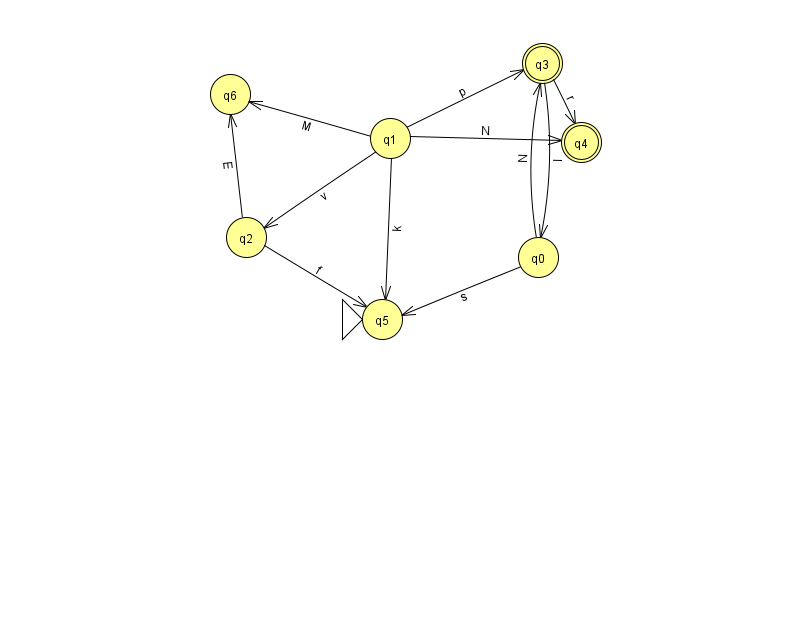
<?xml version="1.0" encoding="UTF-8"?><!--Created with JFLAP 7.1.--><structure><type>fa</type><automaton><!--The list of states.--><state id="0" name="q0"><x>538.0</x><y>244.0</y></state><state id="1" name="q1"><x>390.0</x><y>125.0</y></state><state id="2" name="q2"><x>246.0</x><y>224.0</y></state><state id="3" name="q3"><x>542.0</x><y>50.0</y><final/></state><state id="4" name="q4"><x>581.0</x><y>129.0</y><final/></state><state id="5" name="q5"><x>382.0</x><y>306.0</y><initial/></state><state id="6" name="q6"><x>230.0</x><y>81.0</y></state><!--The list of transitions.--><transition><from>1</from><to>2</to><read>v</read></transition><transition><from>2</from><to>5</to><read>f</read></transition><transition><from>2</from><to>6</to><read>E</read></transition><transition><from>0</from><to>3</to><read>N</read></transition><transition><from>1</from><to>6</to><read>M</read></transition><transition><from>3</from><to>4</to><read>r</read></transition><transition><from>1</from><to>4</to><read>N</read></transition><transition><from>1</from><to>5</to><read>k</read></transition><transition><from>1</from><to>3</to><read>p</read></transition><transition><from>0</from><to>5</to><read>s</read></transition><transition><from>3</from><to>0</to><read>I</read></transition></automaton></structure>